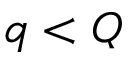
q < Q